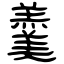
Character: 羹